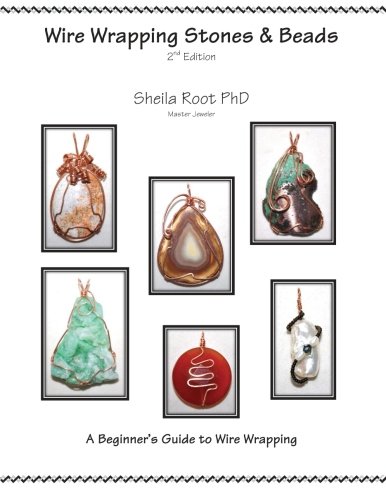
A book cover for Wire Wrapping Stones & Beads, 2nd Edition: A Beginner's Guide to Wire Wrapping; Sheila Root; Crafts, Hobbies & Home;